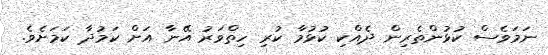
ނަމަވެސް ކުޅުންތެރިން ދެއްކި ކުޅުމާ ކުރި ހިތްވަރު އޭނާ އަށް ކަމުދާ ކަމަށެވެ.